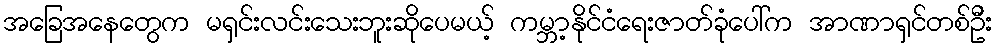
အခြေအနေတွေက မရှင်းလင်းသေးဘူးဆိုပေမယ့် ကမ္ဘာ့နိုင်ငံရေးဇာတ်ခုံပေါ်က အာဏာရှင်တစ်ဦး